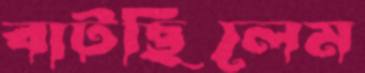
বাটছিলেম